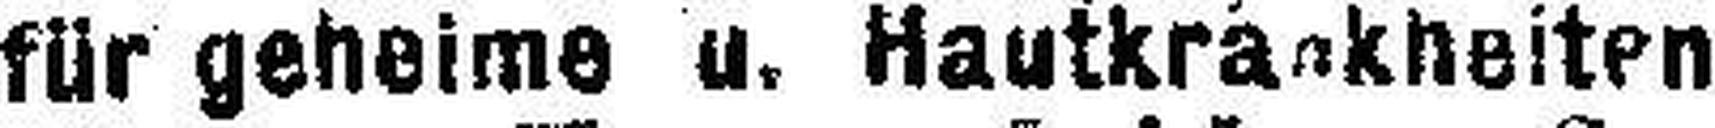
für geheime u. Hautkrankheiten